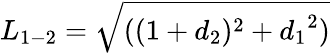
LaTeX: {L_{1-2}}=\sqrt{((1+{d_{2}})^{2}+{d_{1}}^{2})}